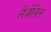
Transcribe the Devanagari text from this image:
लैंजेविन